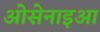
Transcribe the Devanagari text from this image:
ओसेनाइआ